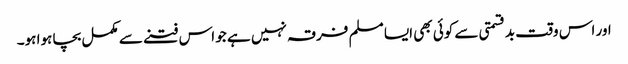
اور اس وقت بدقسمتی سے کوئی بھی ایسا مسلم فرقہ نہیں ہے جو اس فتنے سے مکمل بچا ہوا ہو۔